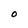
Character: O